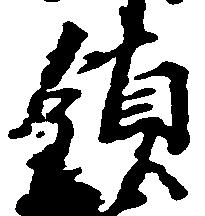
領